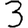
Digit: 3